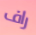
راف